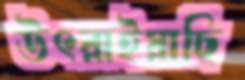
উৎরাইয়াছি